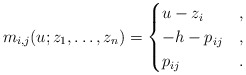
\begin{gather*}m_{i,j}(u;z_1,\ldots,z_n) = \begin{cases}u-z_i& ,\\-h-p_{ij} & , \\p_{ij} & .\end{cases}\end{gather*}